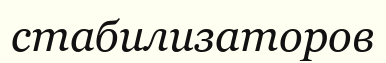
стабилизаторов